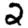
Digit: 2